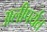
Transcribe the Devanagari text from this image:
अलीपर्यंत